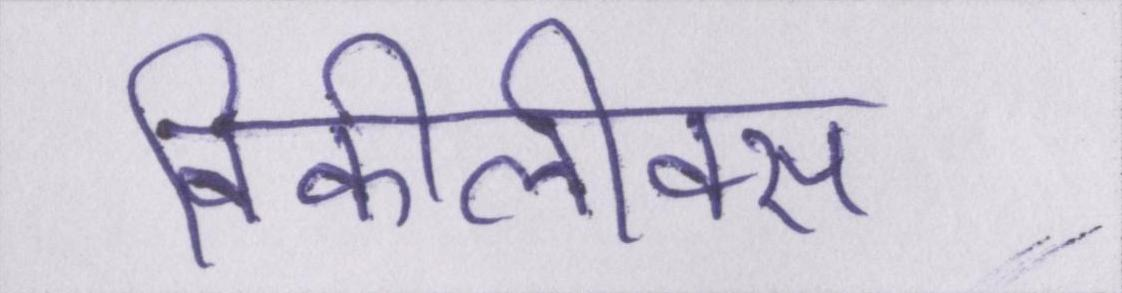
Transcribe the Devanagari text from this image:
विकीलीक्स